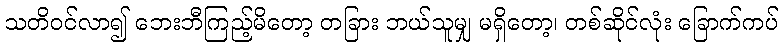
သတိဝင်လာ၍ ဘေးဘီကြည့်မိတော့ တခြား ဘယ်သူမျှ မရှိတော့၊ တစ်ဆိုင်လုံး ခြောက်ကပ်